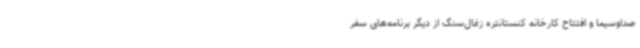
صداوسیما و افتتاح کارخانه کنستانتره زغال‌سنگ از دیگر برنامه‌های سفر